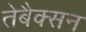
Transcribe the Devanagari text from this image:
तेबैक्सन